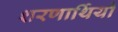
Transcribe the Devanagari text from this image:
शरणार्थियो